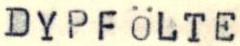
DYPFÖLTE